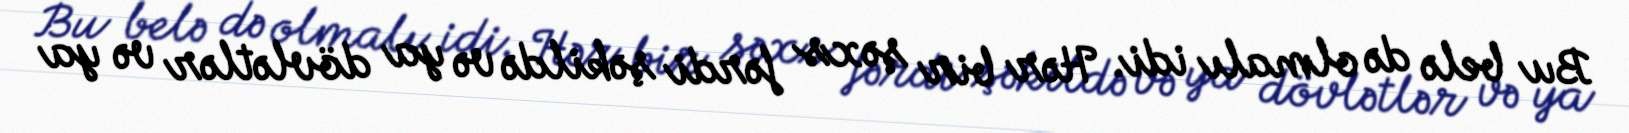
Bu belə də olmalı idi. Hər bir şəxs fərdi şəkildə və ya dövlətlər və ya